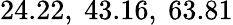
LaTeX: \mathrm{24.22,~43.16,~63.81}